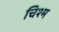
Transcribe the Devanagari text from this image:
चिश्म